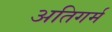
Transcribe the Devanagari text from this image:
अतिगर्म